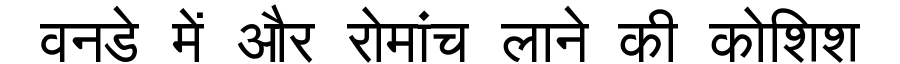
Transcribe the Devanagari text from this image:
वनडे में और रोमांच लाने की कोशिश